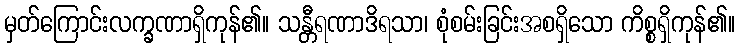
မှတ်ကြောင်းလက္ခဏာရှိကုန်၏။ သန္တီရဏာဒိရသာ၊ စုံစမ်းခြင်းအစရှိသော ကိစ္စရှိကုန်၏။